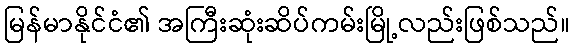
မြန်မာနိုင်ငံ၏ အကြီးဆုံးဆိပ်ကမ်းမြို့လည်းဖြစ်သည်။